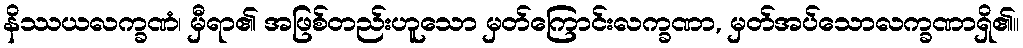
နိဿယလက္ခဏံ၊ မှီရာ၏ အဖြစ်တည်းဟူသော မှတ်ကြောင်းလက္ခဏာ, မှတ်အပ်သောလက္ခဏာရှိ၏။